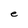
Character: e